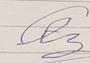
Signature authenticity: forged